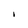
Character: I